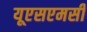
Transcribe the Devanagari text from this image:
यूएसएमसी